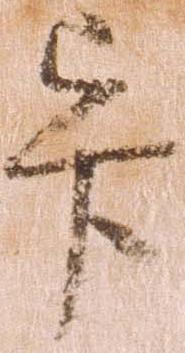
畢